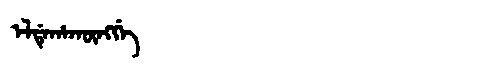
Manchu: ᡝᠯᡩᡝᡥᠠᡴᡡᠩᡤᡝ
Romanization: ELDEHAKŪNGGE